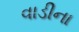
વાડીના